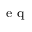
_ \textrm { e q }